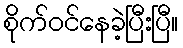
စိုက်ဝင်နေခဲ့ပြီးပြီ။